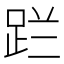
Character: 𮛔